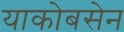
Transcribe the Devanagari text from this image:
याकोबसेन